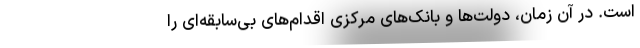
است. در آن زمان، دولت‌ها و بانک‌های مرکزی اقدام‌های بی‌سابقه‌ای را